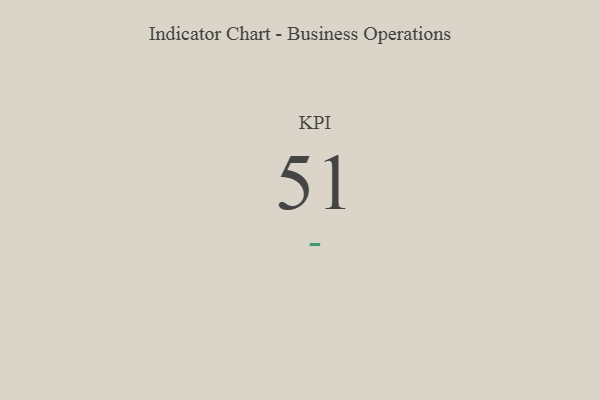
{"axis": {"x": "KPI", "y": "Value"}, "legend": [""], "data": [{"x": "KPI", "y": 51, "type": ""}]}